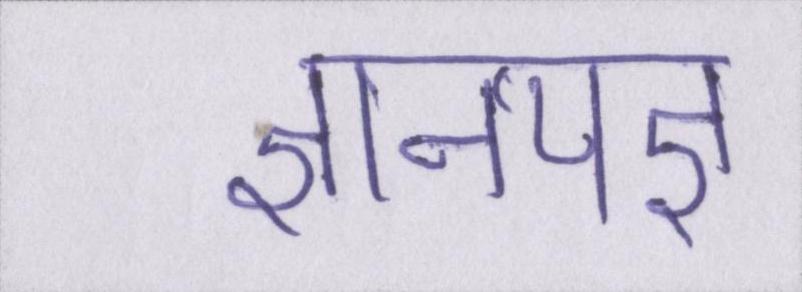
ज्ञानयज्ञ